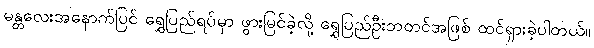
မန္တလေးအနောက်ပြင် ရွှေပြည်ရပ်မှာ ဖွားမြင်ခဲ့လို့ ရွှေပြည်ဦးဘတင်အဖြစ် ထင်ရှားခဲ့ပါတယ်။